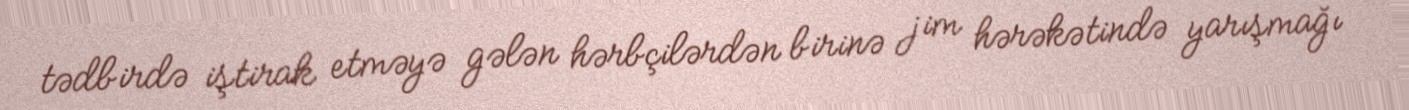
tədbirdə iştirak etməyə gələn hərbçilərdən birinə jim hərəkətində yarışmağı